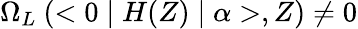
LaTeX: \Omega_{L}~(<0\mid H(Z)\mid\alpha>,Z)\neq 0